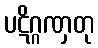
ပဋိဂ္ဂဏှတု